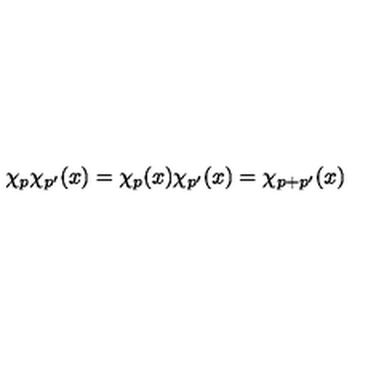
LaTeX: \chi _ { p } \chi _ { p ^ { \prime } } ( x ) = \chi _ { p } ( x ) \chi _ { p ^ { \prime } } ( x ) = \chi _ { p + p ^ { \prime } } ( x )